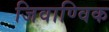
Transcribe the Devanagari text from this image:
जिवाण्विक